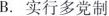
B.实行多党制